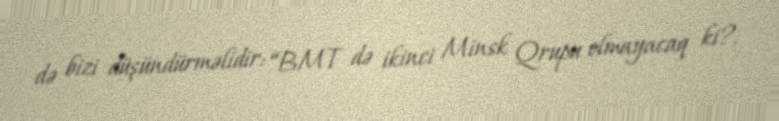
də bizi düşündürməlidir: “BMT də ikinci Minsk Qrupu olmayacaq ki?.